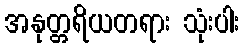
အနုတ္တရိယတရား သုံးပါး